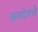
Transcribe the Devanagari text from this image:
कारवेलले